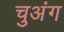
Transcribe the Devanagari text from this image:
चुअंग